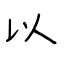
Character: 以